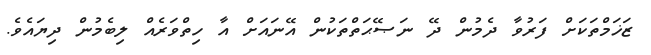
ޒަޚަމްތަކަށް ފަރުވާ ދެމުން ދޭ ނަޞޭޙަތްތަކުން އޭނައަށް އާ ހިތްވަރެއް ލިބެމުން ދިޔައެވެ.